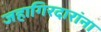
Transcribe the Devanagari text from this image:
जहागिरदारांना